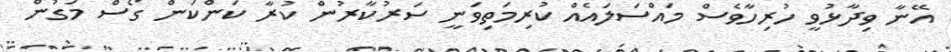
އޭނާ ވިދާޅުވީ ހުރިހާވެސް މައްސަލައެއް ކުރިމަތިވަނީ ސަރުކާރުން ކުރާ ކަންކަން ގޯސް މަގުން